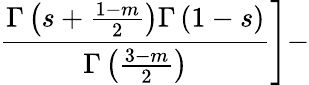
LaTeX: \left.\frac{\Gamma\left(s+\frac{1-m}{2}\right)\Gamma\left(1-s\right)}{\Gamma\left(\frac{3-m}{2}\right)}\right]-